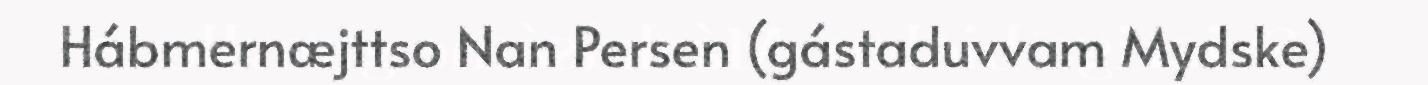
Hábmernæjttso Nan Persen (gástaduvvam Mydske)